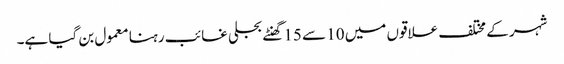
شہر کے مختلف علاقوں میں 10 سے 15 گھنٹے بجلی غائب رہنا معمول بن گیا ہے۔